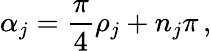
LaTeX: \alpha_{j}=\frac{\pi}{4}\rho_{j}+n_{j}\pi\, ,